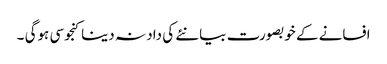
افسانے کے خوبصورت بیانئے کی داد نہ دینا کنجوسی ہوگی ۔